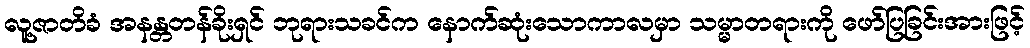
လူ့ဇာတိခံ အနန္တတန်ခိုးရှင် ဘုရားသခင်က နောက်ဆုံးသောကာလမှာ သမ္မာတရားကို ဖော်ပြခြင်းအားဖြင့်